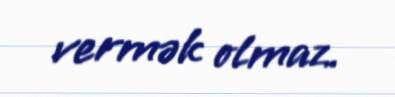
vermək olmaz.